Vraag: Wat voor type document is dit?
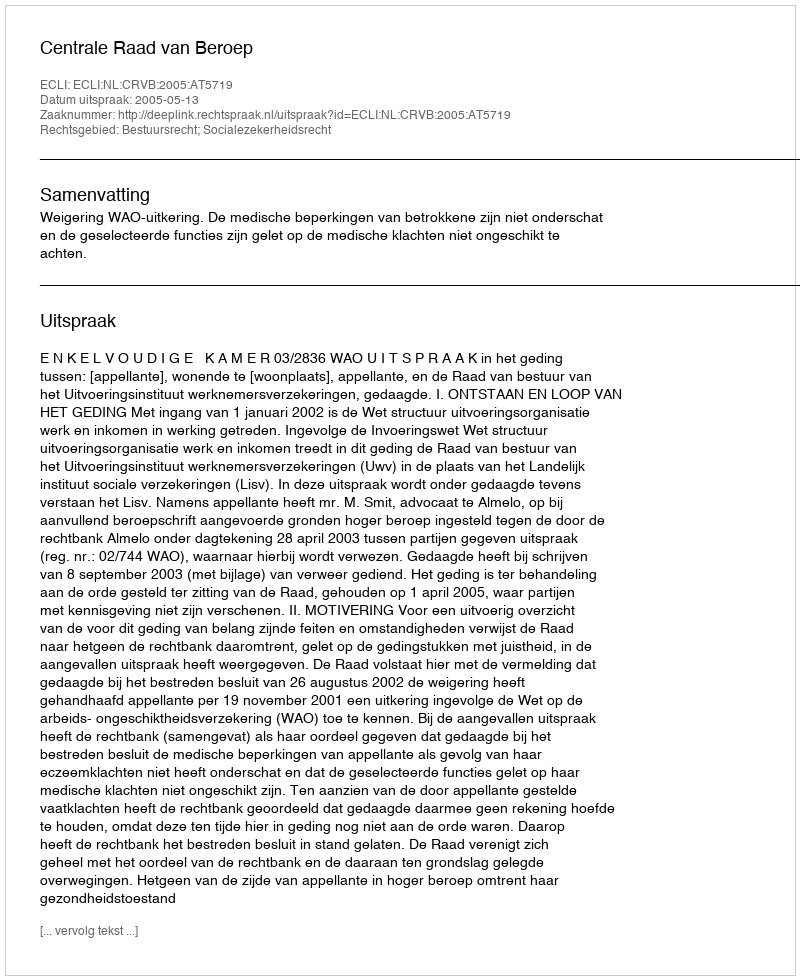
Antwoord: Uitspraak